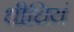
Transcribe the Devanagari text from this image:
धीधियं